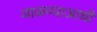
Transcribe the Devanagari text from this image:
जाळण्याआधी